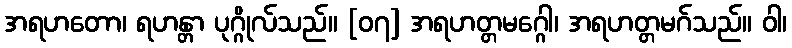
အရဟတော၊ ရဟန္တာ ပုဂ္ဂိုလ်သည်။ [၀၇] အရဟတ္တမဂ္ဂေါ၊ အရဟတ္တမဂ်သည်။ ဝါ၊